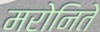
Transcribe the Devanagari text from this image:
मरोनिते